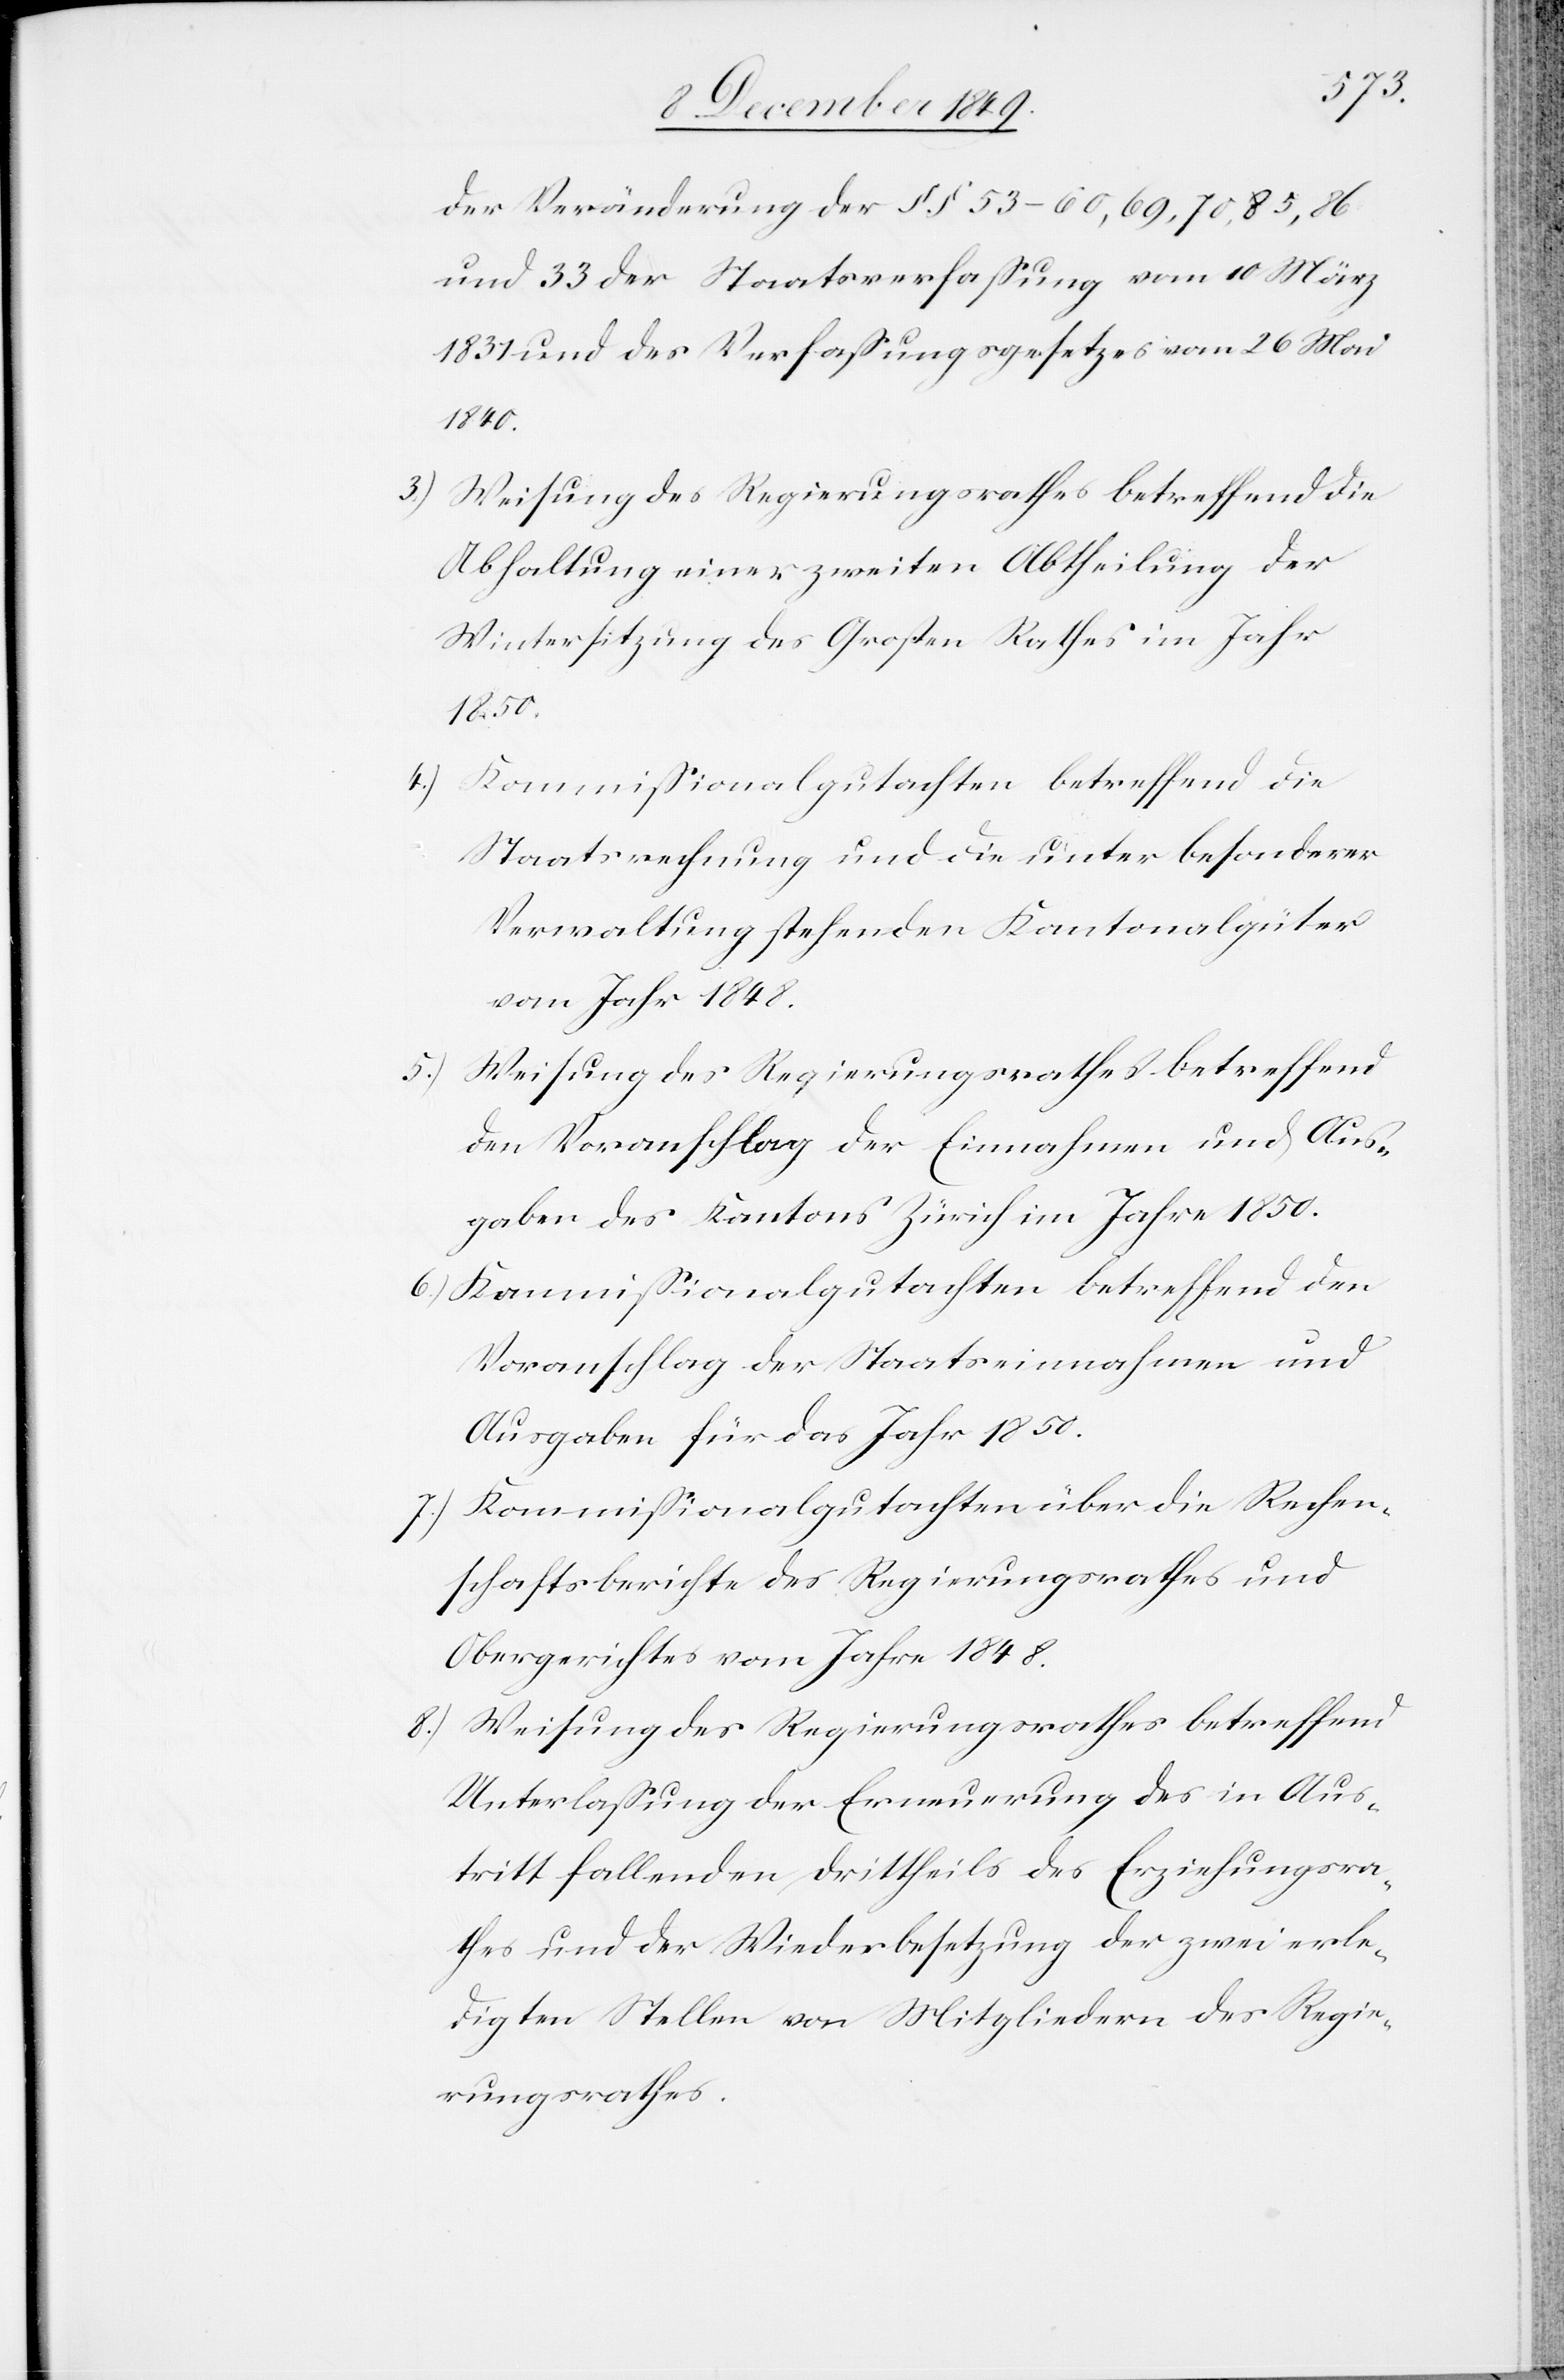
der Veränderung der §§ 53–60,69,70,85,86
und 33 der Staatsverfaßung vom 10 März
1831 und des Verfaßungsgesetzes vom 26 Mai
1850.
Weisung des Regierungsrathes betreffend die
Abhaltung einer zweiten Abtheilung de
Wintersitzung des Großen Rathes im Jahr
4.) Kommißionalgutachten betreffend die
Staatsrechnung und die unter besonderer
Verwaltung stehenden Kantonalgüter
vom Jahr 1848.
5.) Weisung des Regierungsrathes betreffend
den Voranschlag der Einnahmen und Aus¬
gaben des Kantons Zürich im Jahr 1850.
6.) Kommißionalgutachten betreffend den
Voranschlag der Staatseinnahmen und
Ausgaben für das Jahr 1850.
7.) Kommißionalgutachten über die Rechen¬
schaftsberichte des Regierungsrathes und
Obergerichtes vom Jahre 1848.
8.) Weisung des Regierungsrathes betreffend
Unterlaßung der Erneuerung des in Aus¬
tritt fallenden Drittheils des Erziehungsra¬
thes und der Wiederbesetzung der zwei erle¬
digten Stellen von Mitgliedern des Regie¬
rungsrathes.